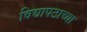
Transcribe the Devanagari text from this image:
विद्यापठाच्या